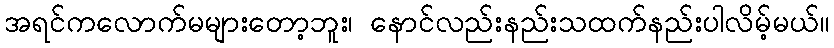
အရင်ကလောက်မများတော့ဘူး၊ နောင်လည်းနည်းသထက်နည်းပါလိမ့်မယ်။